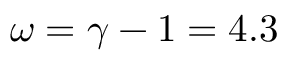
\omega = \gamma - 1 = 4 . 3